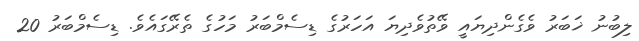
ލިބުނު ޚަބަރު ވެގެންދިޔައީ ވޭތުވެދިޔަ އަހަރުގެ ޑިސެމްބަރު މަހުގެ ތެރޭގައެވެ. ޑިސެމްބަރު 20